Report on vaccination in Madras 1877-1894 - 1877-1894
Year: 1877
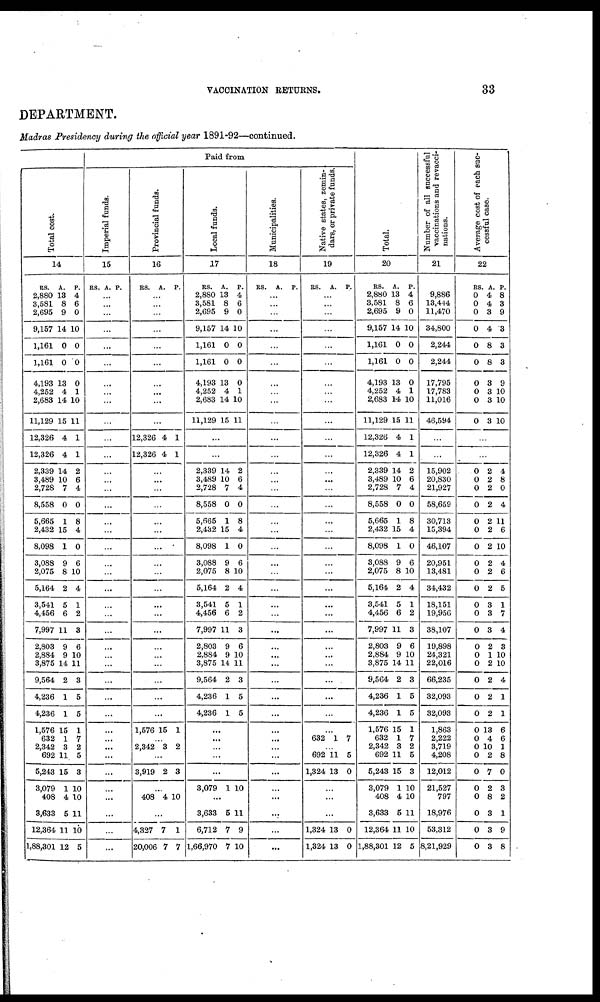
VACCINATION RETURNS.
33
DEPARTMENT.
Madras Presidency during the official year 1891-92—continued.
Total cost.
14
RS.
2,880
3,581
2,695
9,157
1,161
1,161
4,193
4,252
2,683
11,129
12,326
12,326
2,339
3,489
2,728
8,558
5,665
2,432
8,098
3,088
2,075
5,164
3,541
4,456
7,997
2,803
2,884
3,875
9,564
4,236
4,236
1,576
632
2,342
692
5,243
3,079
408
3,633
12,364
1,88,301
A.
13
8
9
14
0
0
13
4
14
15
4
4
14
10
7
0
1
15
1
9
8
2
5
6
11
9
9
14
2
1
1
15
1
3
11
15
1
4
5
11
12
P.
4
6
0
10
0
0
0
1
10
11
1
1
2
6
4
0
8
4
0
6
10
4
1
2
3
6
10
11
3
5
5
1
7
2
5
3
10
10
11
10
5
Paid from
Imperial funds.
15
RS. A. P.
...
...
...
...
...
...
...
...
...
...
...
...
...
...
...
...
...
...
...
...
...
...
...
...
...
...
...
...
...
...
...
...
...
...
...
...
...
...
...
...
...
Provincial funds.
16
RS.
A. P.
...
...
...
...
...
...
...
...
...
...
12,326
12,326
4
4
1
1
...
...
...
...
...
...
...
...
...
...
...
...
...
...
...
...
...
...
...
1,576 15 1
...
2,342 3 2
...
3,919 2 8
...
408 4 10
...
4,337
20,006
7
7
1
7
Local funds.
17
RS.
2,880
3,581
2,695
9,157
1,161
1,161
4,193
4,252
2,683
11,129
A.
13
8
9
14
0
0
13
4
14
15
P.
4
6
0
10
0
0
0
1
10
11
...
...
2,339
3,489
2,728
8,558
5,665
2,432
8,098
3,088
2,075
5,164
3,541
4,456
7,997
2,803
2,884
3,875
9,564
4,236
4,236
14
10
7
0
1
15
1
9
8
2
5
6
11
9
9
14
2
1
1
2
6
4
0
8
4
0
6
10
4
1
2
3
6
10
11
3
5
5
...
...
...
...
...
3,079 1 10
...
3,633
6,712
1,66,970
5
7
7
11
9
10
Municipalities.
18
RS.
A. P.
...
...
...
...
...
...
...
...
...
...
...
...
...
...
...
...
...
...
...
...
...
...
...
...
...
...
...
...
...
...
...
...
...
...
...
...
...
...
...
...
...
Native states, zemin-
dars, or private funds.
19
RS.
A. P.
...
...
...
...
...
...
...
...
...
...
...
...
...
...
...
...
...
...
...
...
...
...
...
...
...
...
...
...
...
...
...
...
632 1 7
...
692
1,324
11
13
5
0
...
...
...
1,324
1,324
13
13
0
0
Total.
20
RS.
2,880
3,581
2,695
9,157
1,161
1,161
4,193
4,252
2,683
11,129
12,326
12,326
2,339
3,489
2,728
8,558
5,665
2,432
8,098
3,088
2,075
5,164
3,541
4,456
7,997
2,803
2,884
3,875
9,564
4,236
4,236
1,576
632
2,342
692
5,243
3,079
408
3,633
12,364
1,88,301
A.
13
8
9
14
0
0
13
4
14
15
4
4
14
10
7
0
1
15
1
9
8
2
5
6
11
9
9
14
2
1
1
15
1
3
11
15
1
4
5
11
12
P.
4
6
0
10
0
0
0
1
10
11
1
1
2
6
4
0
8
4
0
6
10
4
1
2
3
6
10
11
3
5
5
1
7
2
5
3
10
10
11
10
5
Number of all successful
vaccinations and revacci-
nations.
21
9,886
13,444
11,470
34,800
2,244
2,244
17,795
17,783
11,016
46,594
...
...
15,902
20,830
21,927
58,659
30,713
15,394
46,107
20,951
13,481
34,432
18,151
19,956
38,107
19,898
24,321
22,016
66,235
32,093
32,093
1,863
2,222
3,719
4,208
12,012
21,527
797
18,976
53,312
8,21,929
Average cost of each suc-
cessful case.
22
RS.
0
0
0
0
0
0
0
0
0
0
A.
4
4
3
4
8
8
3
3
3
3
P.
8
3
9
3
3
3
9
10
10
10
...
...
0
0
0
0
0
0
0
0
0
0
0
0
0
0
0
0
0
0
0
0
0
0
0
0
0
0
0
0
0
2
2
2
2
2
2
2
2
2
2
3
3
3
2
1
2
2
2
2
13
4
10
2
7
2
8
3
3
3
4
8
0
4
11
6
10
4
6
5
1
7
4
3
10
10
4
1
1
6
6
1
8
0
3
2
1
9
8